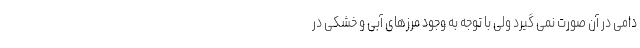
دامی در آن صورت نمی گیرد ولی با توجه به وجود مرزهای آبی و خشکی در